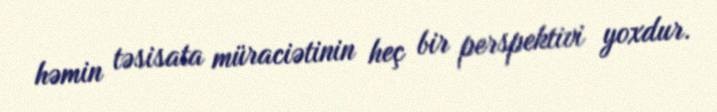
həmin təsisata müraciətinin heç bir perspektivi yoxdur.